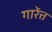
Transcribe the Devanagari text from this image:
गारेंत्त